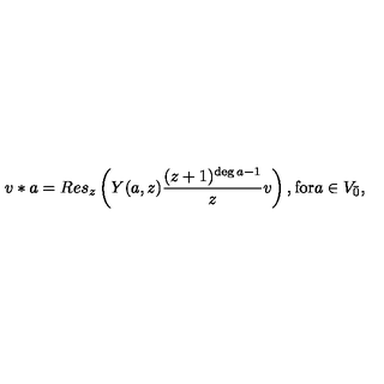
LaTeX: v * a = R e s _ { z } \left( Y ( a , z ) \frac { ( z + 1 ) ^ { \deg a - 1 } } { z } v \right) , \mathrm { f o r } a \in V _ { \bar { 0 } } ,